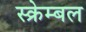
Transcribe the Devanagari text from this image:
स्क्रेम्बल